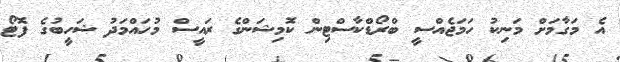
އެ މަގާމަށް މަނިކު ހަމަޖެއްސީ ބްރޯޑްކާސްޓިން ކޮމިޝަންގެ ރައީސް މުހައްމަދު ޝަހީބުގެ ފޮޓޯ